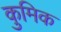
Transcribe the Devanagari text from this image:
कुमिक